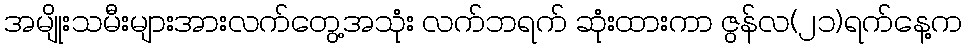
အမျိုးသမီးများအားလက်တွေ့အသုံး လက်ဘရက် ဆုံးထားကာ ဇွန်လ(၂၁)ရက်နေ့က